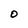
Character: O